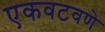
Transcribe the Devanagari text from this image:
एकवटवणे